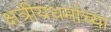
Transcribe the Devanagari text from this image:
क्षत्रीयधर्माच्या